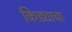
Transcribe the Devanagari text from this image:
किड्याचा